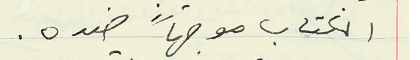
الكتاب موجهاً ضده.